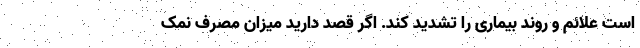
است علائم و روند بیماری را تشدید کند. اگر قصد دارید میزان مصرف نمک